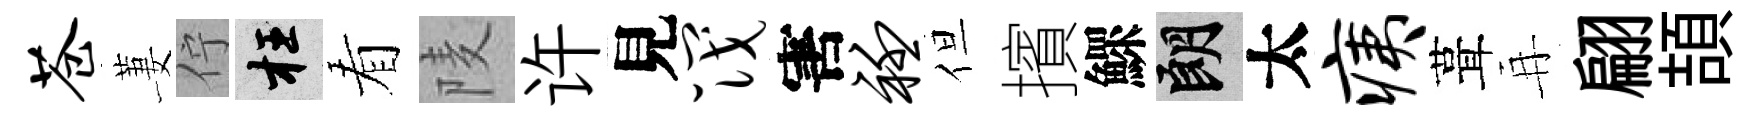
苍萋佇枉看𨹧许見筏害衽但擯鰥朗太痍葺再翩頡